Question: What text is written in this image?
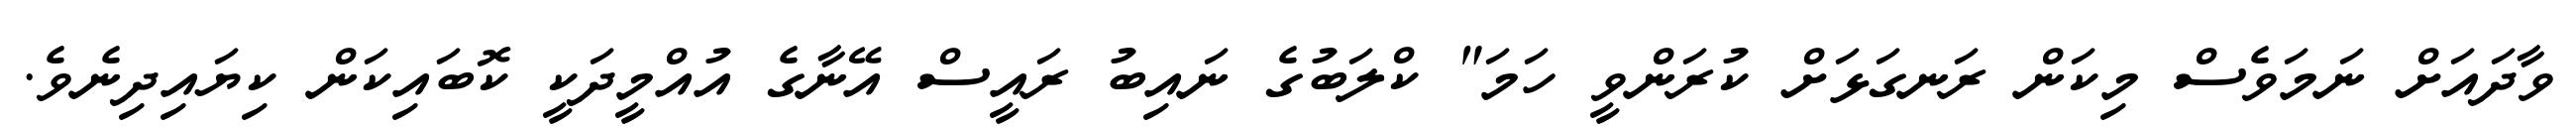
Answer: ވާދައަށް ނަމަވެސް މިކަން ރަނގަޅަށް ކުރަންވީ ހަމަ" ކްލަބުގެ ނައިބު ރައީސް އޭނާގެ އުއްމީދަކީ ކޮބައިކަން ކިޔައިދިނެވެ.